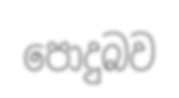
පොදුබව